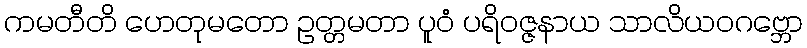
ကမတီတိ ဟေတုမတော ဥတ္တမတာ ပူဝံ ပရိဝဇ္ဇနာယ သာလိယဝဂဗ္ဘော